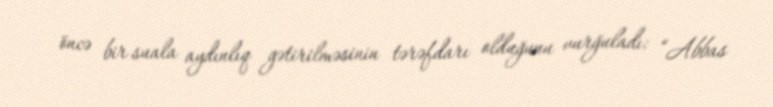
öncə bir suala aydınlıq gətirilməsinin tərəfdarı olduğunu vurğuladı: “Abbas